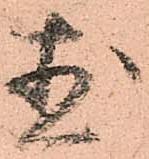
直